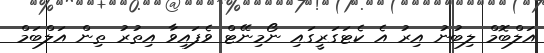
އަލްބޮމް ލިބުނު އިރު އެ ކެޓަގަރީގައި ނޯމިނޭޓް ވެފައިވާ އިތުރު ތިން އަލްބަމް